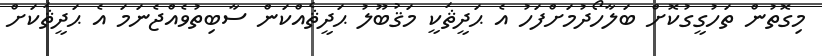
މިގޮތުން ތަހުގީގުކޮށް ބަލާހޯދުމަށްފަހު އެ ޙަދީޘަކީ މަޤުބޫލު ޙަދީޘެއްކަން ސާބިތުވެއްޖެނަމަ އެ ޙަދީޘަކަށް